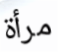
مرأة